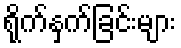
ရိုက်နှက်ခြင်းများ